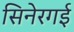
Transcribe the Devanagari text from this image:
सिनेरगई